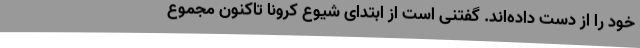
خود را از دست داده‌اند. گفتنی است از ابتدای شیوع کرونا تاکنون مجموع